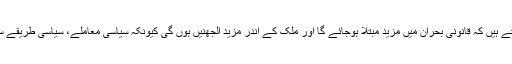
تواس اقدام سے ہم سمجھتے ہیں کہ قانونی بحران میں مزید مبتلا ہوجائے گا اور ملک کے اندر مزید الجھنیں ہوں گی کیونکہ سیاسی معاملے، سیاسی طریقے سے حل نہیں ہورہے ہیں۔